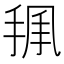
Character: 𢭥